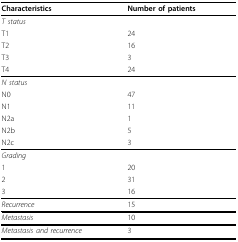
| Characteristics | Number of patients |
 | --- | --- |
 | T status |  |
 | T1 | 24 |
 | T2 | 16 |
 | T3 | 3 |
 | T4 | 24 |
 | N status |  |
 | N0 | 47 |
 | N1 | 11 |
 | N2a | 1 |
 | N2b | 5 |
 | N2c | 3 |
 | Grading |  |
 | 1 | 20 |
 | 2 | 31 |
 | 3 | 16 |
 | Recurrence | 15 |
 | Metastasis | 10 |
 | Metastasis and recurrence | 3 |